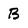
Character: B